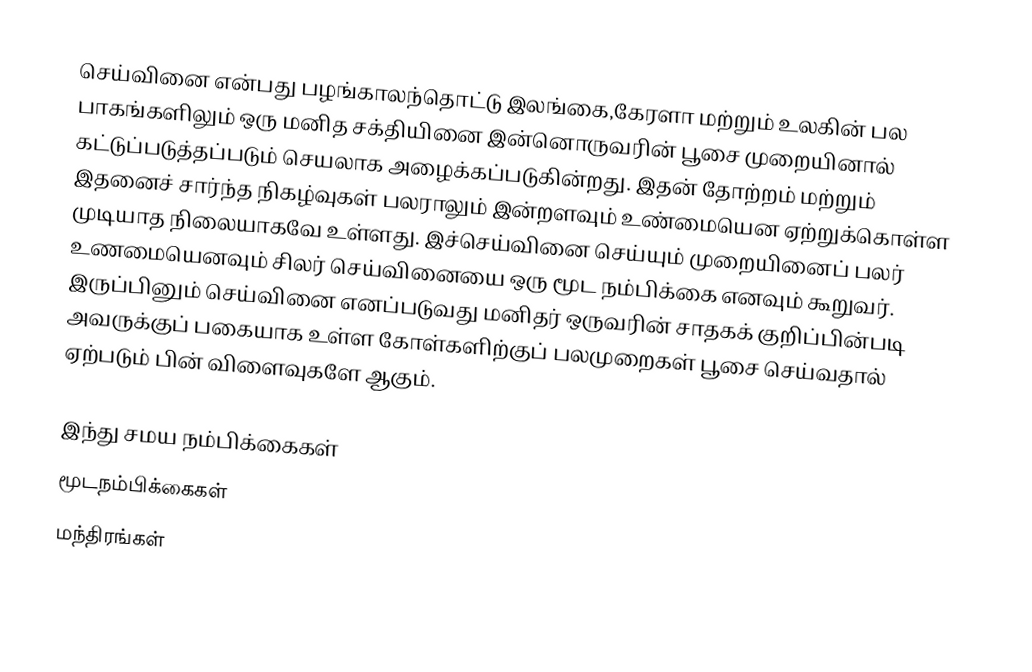
செய்வினை  என்பது பழங்காலந்தொட்டு இலங்கை,கேரளா மற்றும் உலகின் பல பாகங்களிலும் ஒரு மனித சக்தியினை இன்னொருவரின் பூசை முறையினால் கட்டுப்படுத்தப்படும் செயலாக அழைக்கப்படுகின்றது. இதன் தோற்றம் மற்றும் இதனைச் சார்ந்த நிகழ்வுகள் பலராலும் இன்றளவும் உண்மையென ஏற்றுக்கொள்ள முடியாத நிலையாகவே உள்ளது. இச்செய்வினை செய்யும் முறையினைப் பலர் உணமையெனவும் சிலர் செய்வினையை ஒரு மூட நம்பிக்கை எனவும் கூறுவர். இருப்பினும் செய்வினை எனப்படுவது மனிதர் ஒருவரின் சாதகக் குறிப்பின்படி அவருக்குப் பகையாக உள்ள கோள்களிற்குப் பலமுறைகள் பூசை செய்வதால் ஏற்படும் பின் விளைவுகளே ஆகும்.

இந்து சமய நம்பிக்கைகள்
மூடநம்பிக்கைகள்
மந்திரங்கள்